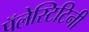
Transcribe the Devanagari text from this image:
पॅलेस्टिटिनी